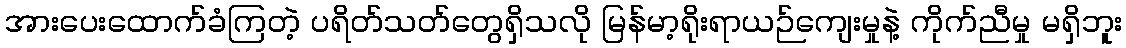
အားပေးထောက်ခံကြတဲ့ ပရိတ်သတ်တွေရှိသလို မြန်မာ့ရိုးရာယဉ်ကျေးမှုနဲ့ ကိုက်ညီမှု မရှိဘူး